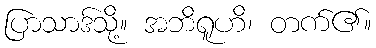
ပြာသာဒ်သို့။ အဘိရူဟိ၊ တက်၏။